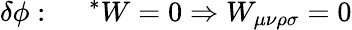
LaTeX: \delta{\phi}:~~~~~^{*}W=0\Rightarrow W_{\mu\nu\rho\sigma}=0